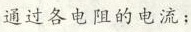
通过各电阻的电流；